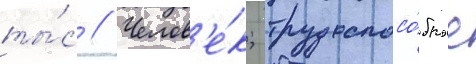
ты́с // Челов'е́к; трудоспосо́бное